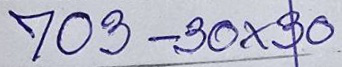
703 - 30x30